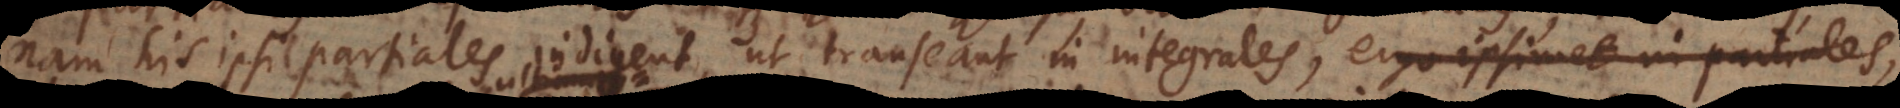
nam his ipsi partiales indigent, ut transeant in integrales, ultimum enim complem